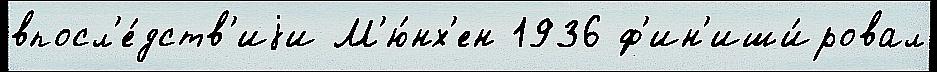
впосл'е́дств'иjи М'ю́нх'ен 1936 ф'ин'иши́ровал